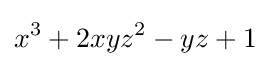
x^{3}+2xyz^{2}-yz+1